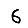
Digit: 6